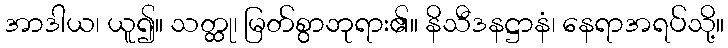
အာဒါယ၊ ယူ၍။ သတ္ထု၊ မြတ်စွာဘုရား၏။ နိသီဒနဋ္ဌာနံ၊ နေရာအရပ်သို့။